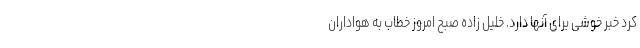
کرد خبر خوشی برای آنها دارد. خلیل زاده صبح امروز خطاب به هواداران